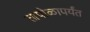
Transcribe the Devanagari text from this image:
तापोळापर्यंत